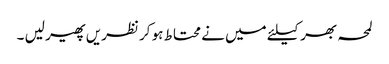
لمحہ بھر کیلئے میں نے محتاط ہو کر نظریں پھیر لیں ۔